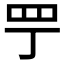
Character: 𦉬